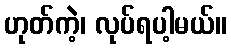
ဟုတ်ကဲ့၊ လုပ်ရပါ့မယ်။